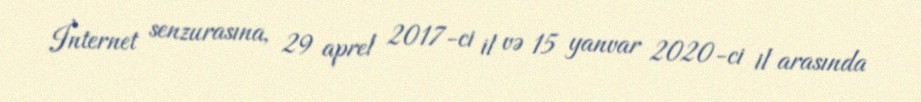
İnternet senzurasına, 29 aprel 2017-ci il və 15 yanvar 2020-ci il arasında